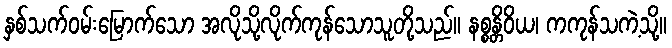
နှစ်သက်ဝမ်းမြောက်သော အလိုသို့လိုက်ကုန်သောသူတို့သည်။ နစ္စန္တိဝိယ၊ ကကုန်သကဲ့သို့။